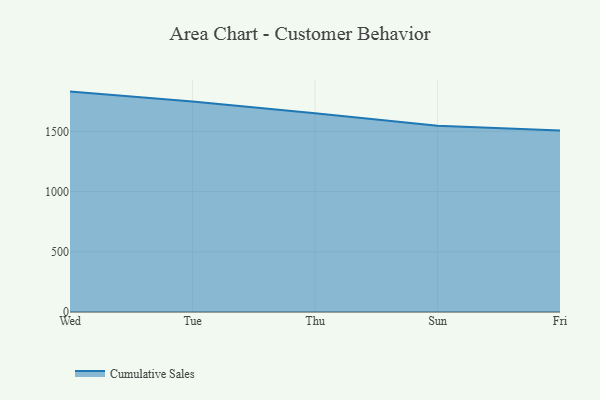
{"axis": {"x": "Day", "y": "Conversion Rate (%)"}, "legend": ["Cumulative Sales"], "data": [{"x": "Wed", "y": 1829.8, "type": "Cumulative Sales"}, {"x": "Tue", "y": 1746.8, "type": "Cumulative Sales"}, {"x": "Thu", "y": 1650.0, "type": "Cumulative Sales"}, {"x": "Sun", "y": 1545.5, "type": "Cumulative Sales"}, {"x": "Fri", "y": 1507.4, "type": "Cumulative Sales"}]}